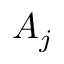
A _ { j }